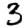
Digit: 3